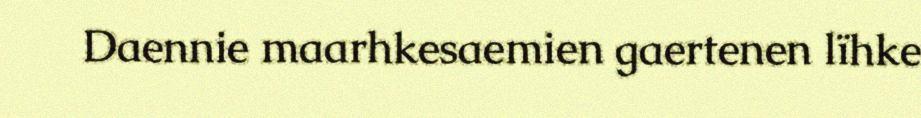
Daennie maarhkesaemien gaertenen lïhke